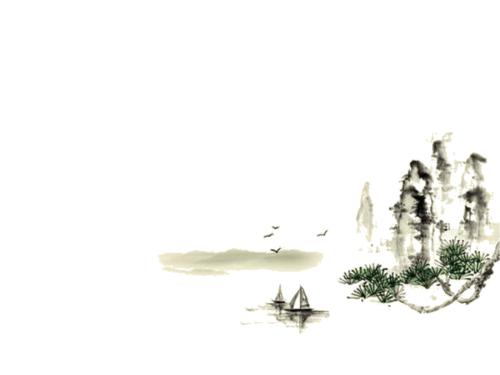
杨花落尽子规啼，闻道龙标过五溪。